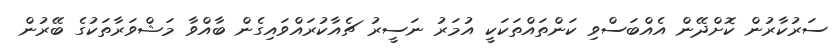
ސަރުކާރުން ކޮށްދޭން އެއްބަސްވި ކަންތައްތަކަކީ އުމަރު ނަސީރު ޗެއާކުރައްވައިގެން ބާއްވާ މަޝްވަރާތަކުގެ ބޭރުން